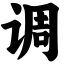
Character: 调